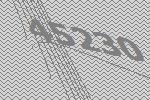
45230